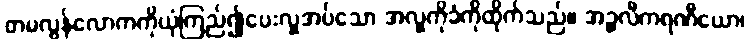
တမလွန်လောကကိုယုံကြည်၍ပေးလှူအပ်သော အလှူကိုခံကိုထိုက်သည်။ အဉ္ဇလီကရဏီယော၊